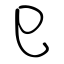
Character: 巳